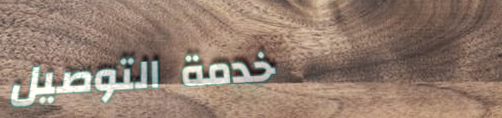
خدمة التوصيل